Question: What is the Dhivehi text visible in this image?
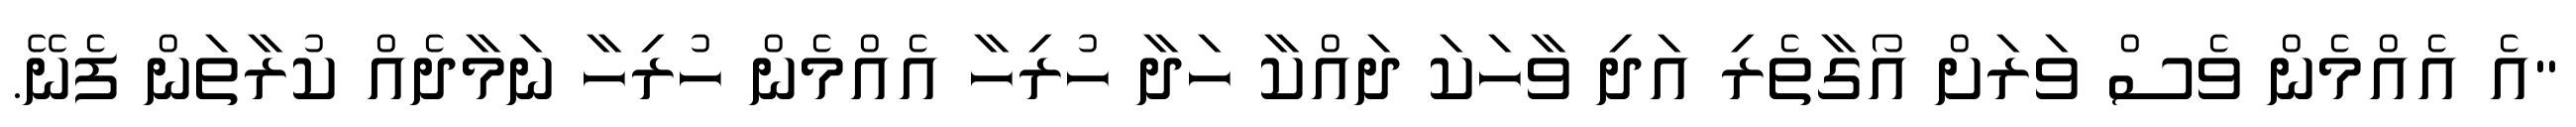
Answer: "އެ އެއްމެން ވެސް ވަރަށް އޯގާތެރި އަދި ވާހަކަ ދައްކާ ހަދާ ހުރިހާ އެއްމެން ހުރިހާ ނަމާދެއް ކުރާތަން ފެނޭ.